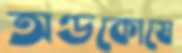
অণ্ডকোষে